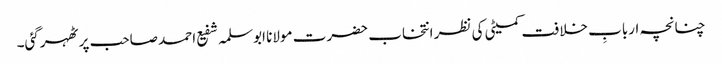
چنانچہ اربابِ خلافت کمیٹی کی نظر انتخاب حضرت مولانا ابوسلمہ شفیع احمد صاحب پر ٹھہرگئی۔